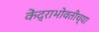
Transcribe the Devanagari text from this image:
केंद्राभोवतीच्या